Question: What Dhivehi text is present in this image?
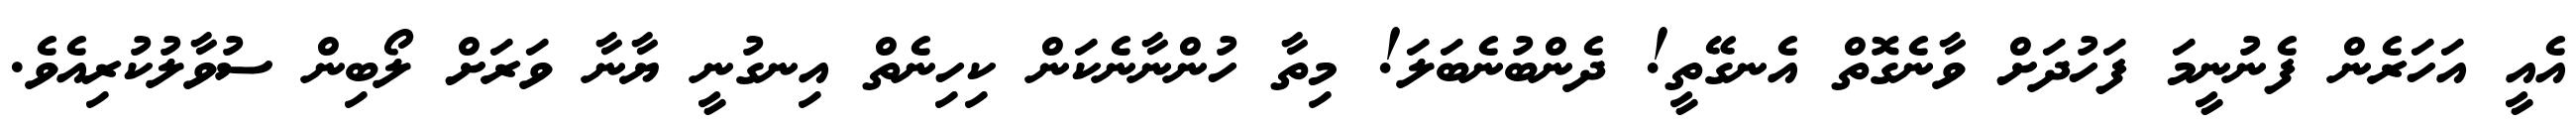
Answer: އެއީ އަހަރެން ފެނުނީމަ ފަހުދަށް ވާނެގޮތް އެނގޭތީ! ދެންބުނެބަލަ! މިތާ ހުންނާނެކަން ކިހިނެތް އިނގުނީ ޔާނާ ވަރަށް ލޯބިން ސުވާލުކުރިއެވެ.